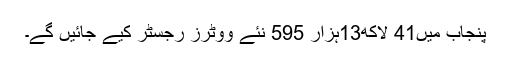
پنجاب میں41 لاکھ13ہزار 595 نئے ووٹرز رجسٹر کیے جائیں گے۔